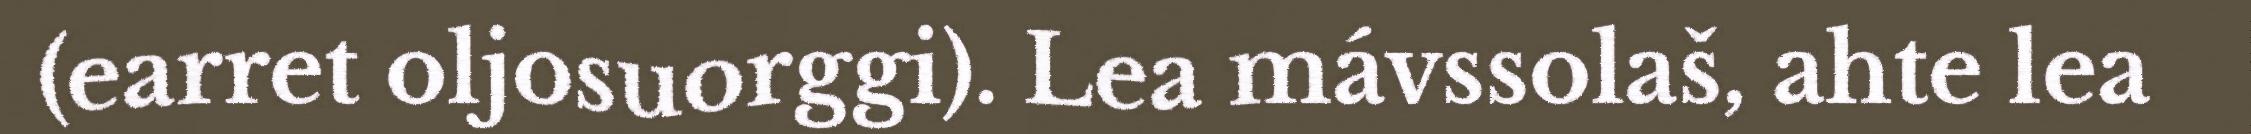
(earret oljosuorggi). Lea mávssolaš, ahte lea